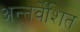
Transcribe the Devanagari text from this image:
अन्तर्वेशित